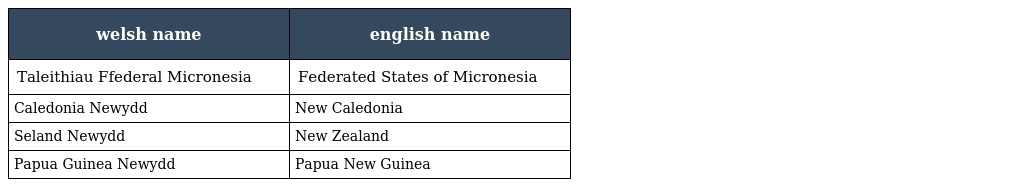
| welsh name | english name |
 | --- | --- |
 | Taleithiau Ffederal Micronesia | Federated States of Micronesia |
 | Caledonia Newydd | New Caledonia |
 | Seland Newydd | New Zealand |
 | Papua Guinea Newydd | Papua New Guinea |